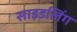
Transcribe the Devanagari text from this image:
साइडलिंग